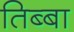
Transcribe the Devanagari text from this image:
तिब्बा